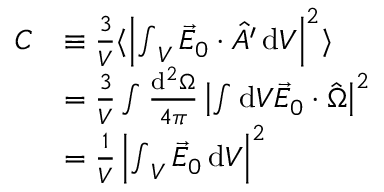
\begin{array} { r l } { C } & { \equiv \frac { 3 } { V } \langle \left\vert { \int } _ { V } \, \vec { E } _ { 0 } \cdot \hat { A ^ { \prime } } \, \mathrm { d } V \right\vert ^ { 2 } \rangle } \\ & { = \frac { 3 } { V } \int \frac { \mathrm { d } ^ { 2 } \Omega } { 4 \pi } \left\vert \int \mathrm { d } V \vec { E } _ { 0 } \cdot \hat { \Omega } \right\vert ^ { 2 } } \\ & { = \frac { 1 } { V } \left\vert { \int } _ { V } \, \vec { E } _ { 0 } \, \mathrm { d } V \right\vert ^ { 2 } } \end{array}